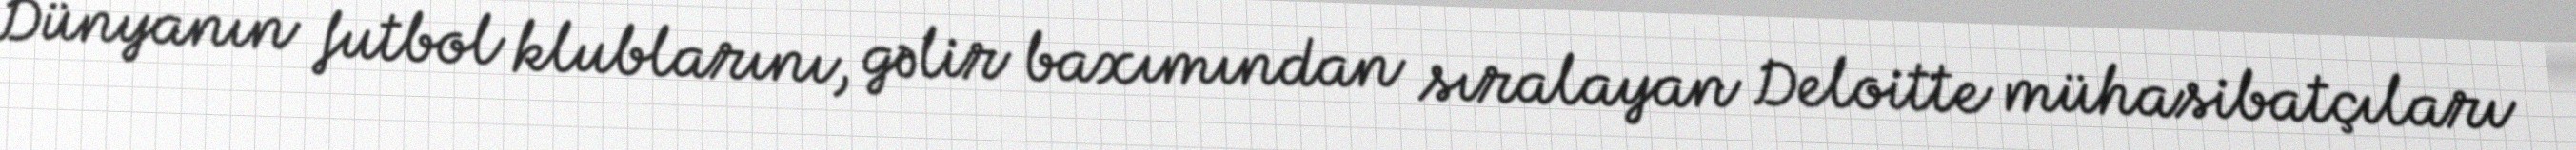
Dünyanın futbol klublarını, gəlir baxımından sıralayan Deloitte mühasibatçıları